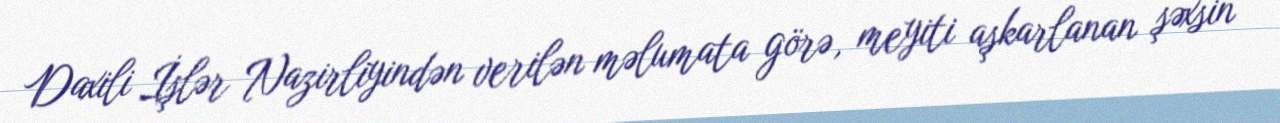
Daxili İşlər Nazirliyindən verilən məlumata görə, meyiti aşkarlanan şəxsin